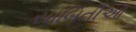
સાબિતીઓ